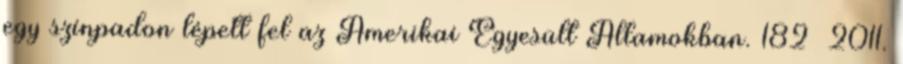
egy színpadon lépett fel az Amerikai Egyesült Államokban. 182 2011.